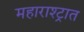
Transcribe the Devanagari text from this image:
महाराश्ट्रात